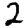
Digit: 2